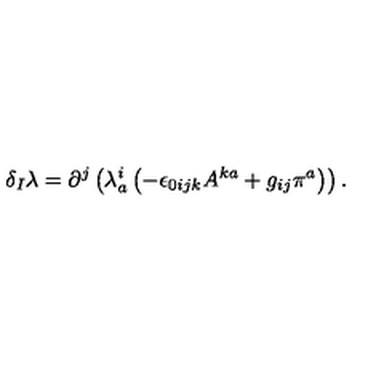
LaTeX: \delta _ { I } \lambda = \partial ^ { j } \left( \lambda _ { a } ^ { i } \left( - \epsilon _ { 0 i j k } A ^ { k a } + g _ { i j } \pi ^ { a } \right) \right) .